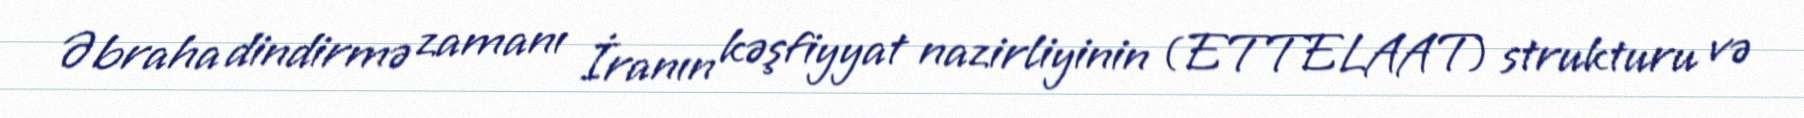
Əbraha dindirmə zamanı İranın kəşfiyyat nazirliyinin (ETTELAAT) strukturu və